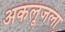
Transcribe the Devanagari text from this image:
अकलूजला